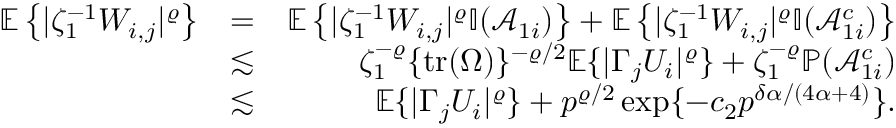
\begin{array} { r l r } { { \mathbb { E } } \left\{ | \zeta _ { 1 } ^ { - 1 } W _ { i , j } | ^ { \varrho } \right\} } & { = } & { { \mathbb { E } } \left\{ | \zeta _ { 1 } ^ { - 1 } W _ { i , j } | ^ { \varrho } { \mathbb { I } } ( \mathcal { A } _ { 1 i } ) \right\} + { \mathbb { E } } \left\{ | \zeta _ { 1 } ^ { - 1 } W _ { i , j } | ^ { \varrho } { \mathbb { I } } ( \mathcal { A } _ { 1 i } ^ { c } ) \right\} } \\ & { \lesssim } & { \zeta _ { 1 } ^ { - \varrho } \{ \mathrm { t r } ( \Omega ) \} ^ { - \varrho / 2 } { \mathbb { E } } \{ | \Gamma _ { j } U _ { i } | ^ { \varrho } \} + \zeta _ { 1 } ^ { - \varrho } { \mathbb { P } } ( \mathcal { A } _ { 1 i } ^ { c } ) } \\ & { \lesssim } & { { \mathbb { E } } \{ | \Gamma _ { j } U _ { i } | ^ { \varrho } \} + p ^ { \varrho / 2 } \exp \{ - c _ { 2 } p ^ { \delta \alpha / ( 4 \alpha + 4 ) } \} . } \end{array}